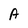
Character: A